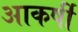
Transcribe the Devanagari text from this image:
आकर्षी